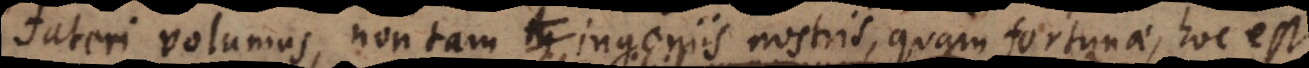
fateri volumus, non tam ingeniis nostris, quam fortunae, hoc est